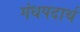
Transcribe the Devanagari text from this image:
गंधपदार्थ